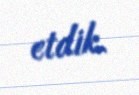
etdik.